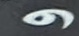
و